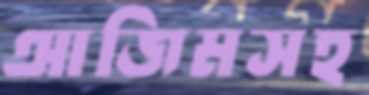
আজিমসহ